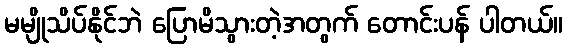
မမျိုသိပ်နိုင်ဘဲ ပြောမိသွားတဲ့အတွက် တောင်းပန် ပါတယ်။